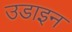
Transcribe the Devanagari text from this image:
उडाइन